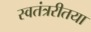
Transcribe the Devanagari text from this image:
स्वतंत्ररीतया